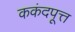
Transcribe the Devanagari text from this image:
ककंदपूत्त